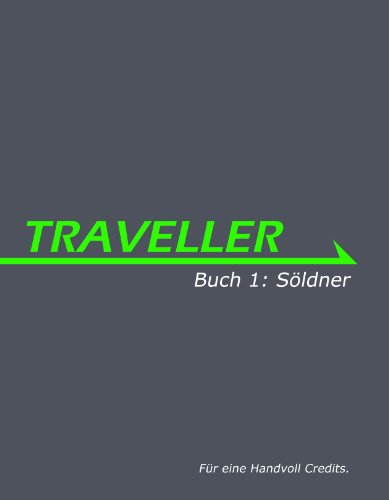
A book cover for Traveller - Buch 1: SÃ¶ldner (Mobile Pocket Edition) (German Edition); Bryan Steele; Science Fiction & Fantasy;